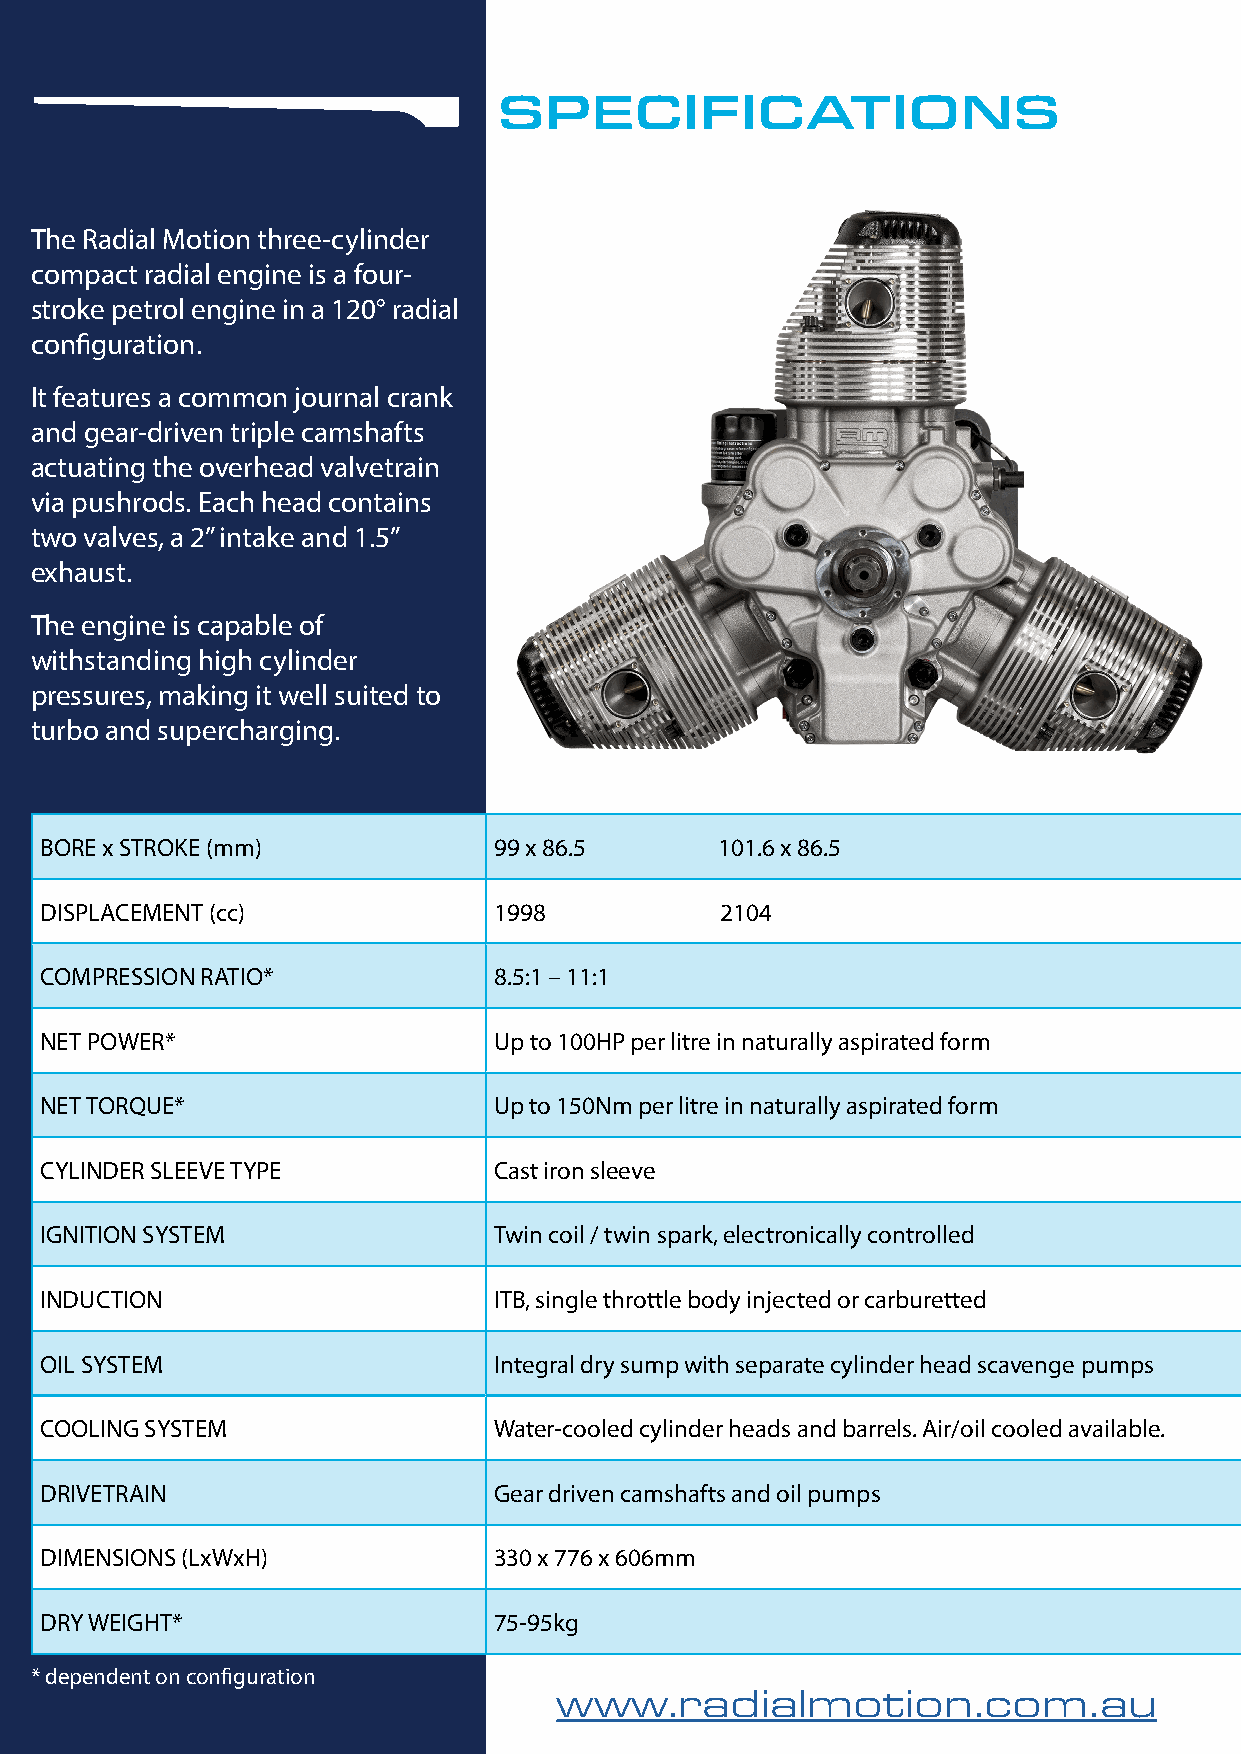
SPECIFICATIONS
 The Radial Motion three-cylinder
 compact radial engine is a four-
 stroke petrol engine in a 120° radial
 configuration.
 It features a common journal crank
 and gear-driven triple camshafts
 actuating the overhead valvetrain
 via pushrods. Each head contains
 two valves, a 2” intake and 1.5”
 exhaust.
 The engine is capable of
 withstanding high cylinder
 pressures, making it well suited to
 turbo and supercharging.
 BORE x STROKE (mm)            99 x 86.5      101.6 x 86.5
 DISPLACEMENT (cc)             1998           2104
 COMPRESSION RATIO*            8.5:1 – 11:1
 NET POWER*                    Up to 100HP per litre in naturally aspirated form
 NET TORQUE*                   Up to 150Nm per litre in naturally aspirated form
 CYLINDER SLEEVE TYPE          Cast iron sleeve
 IGNITION SYSTEM               Twin coil / twin spark, electronically controlled
 INDUCTION                     ITB, single throttle body injected or carburetted
 OIL SYSTEM                    Integral dry sump with separate cylinder head scavenge pumps
 COOLING SYSTEM                Water-cooled cylinder heads and barrels. Air/oil cooled available.
 DRIVETRAIN                    Gear driven camshafts and oil pumps
 DIMENSIONS (LxWxH)            330 x 776 x 606mm
 DRY WEIGHT*                   75-95kg
 * dependent on configuration
 www.radialmotion.com.au